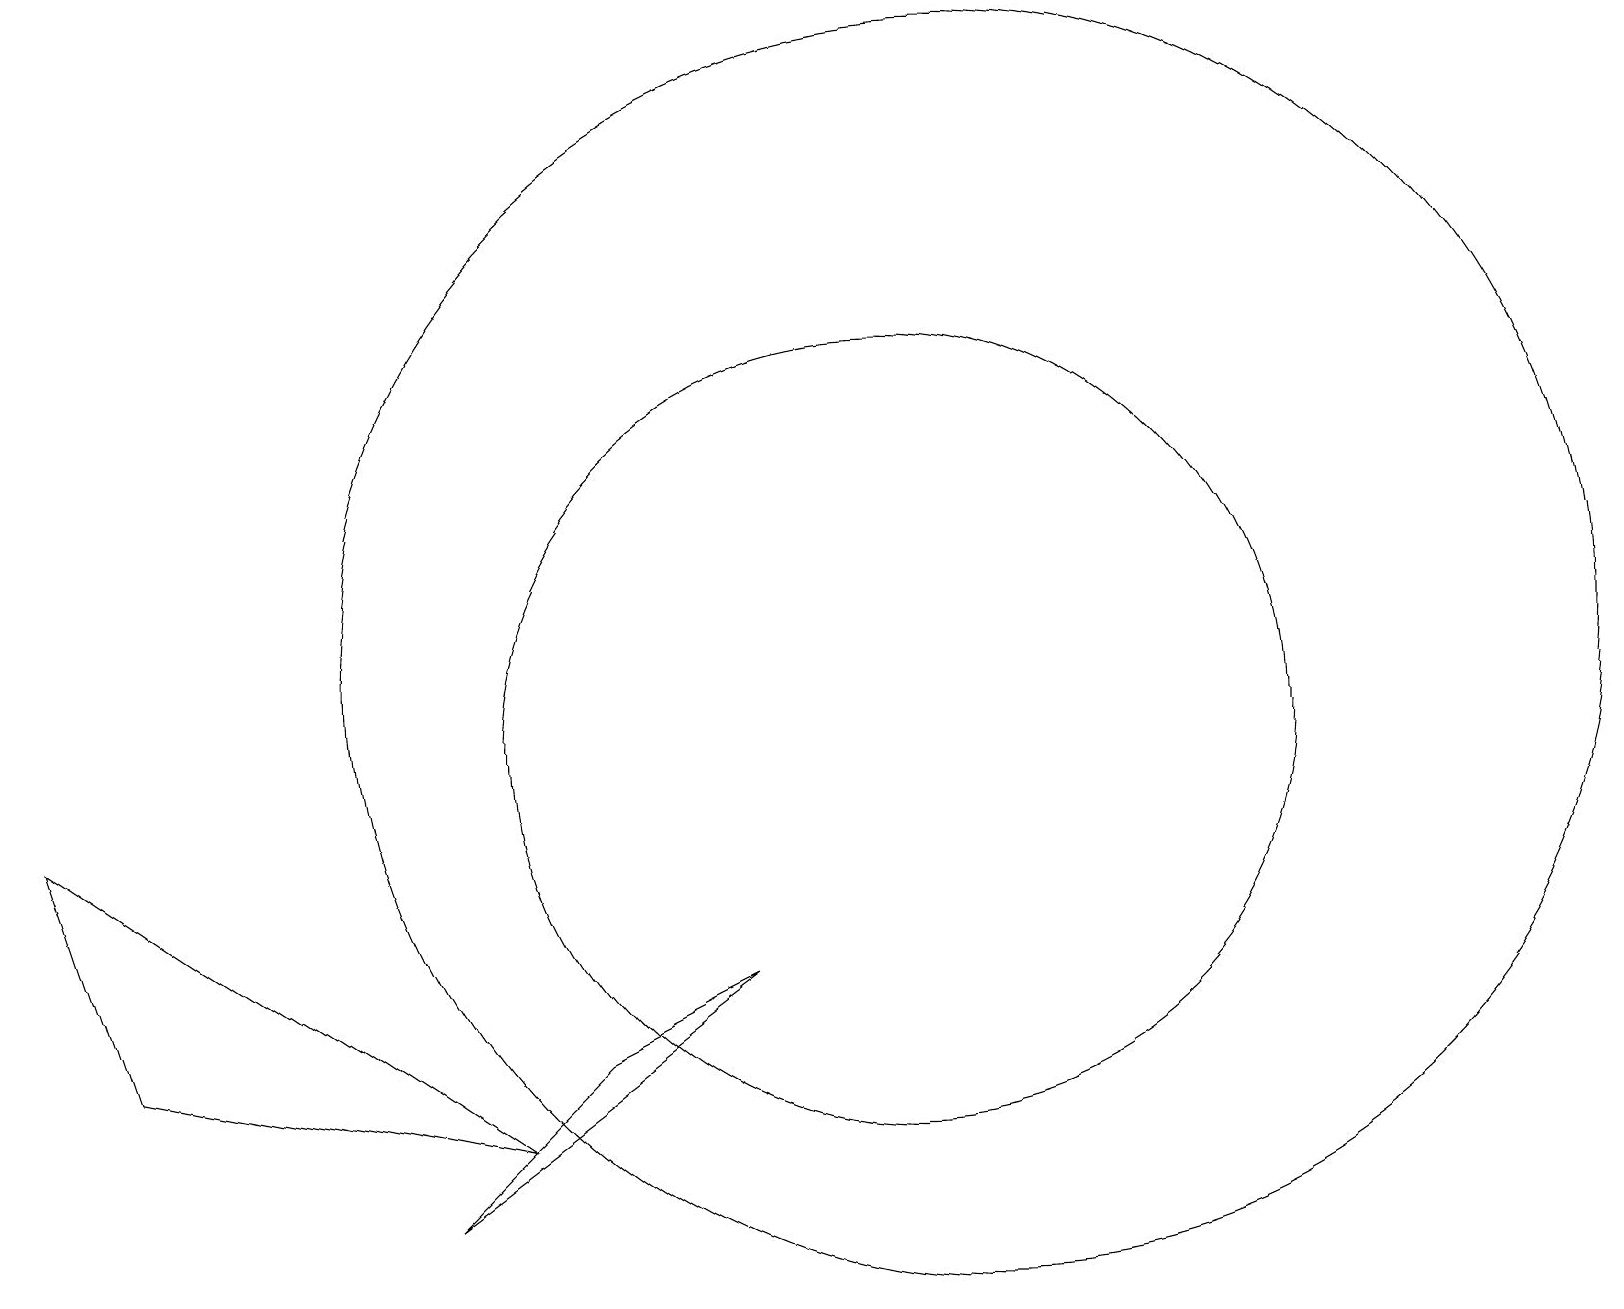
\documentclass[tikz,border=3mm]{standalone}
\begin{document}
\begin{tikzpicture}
\draw (12,11) circle (8);
\draw (5,4) -- (7,6) -- (9,7) -- cycle;
\draw (11,10) circle (5);
\draw (6,5) -- (0,9) -- (1,6) -- cycle;
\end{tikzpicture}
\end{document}